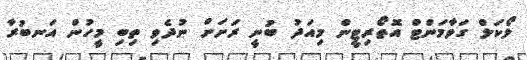
ލޯކަލް ގަވާމަންޓް އޮތޯރިޓީން މިއަދު ބުނީ ރަށަށް ނުދެވި ތިބި މީހުން އަނބުރާ